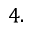
4 .